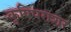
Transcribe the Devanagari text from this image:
कृषिपराशर